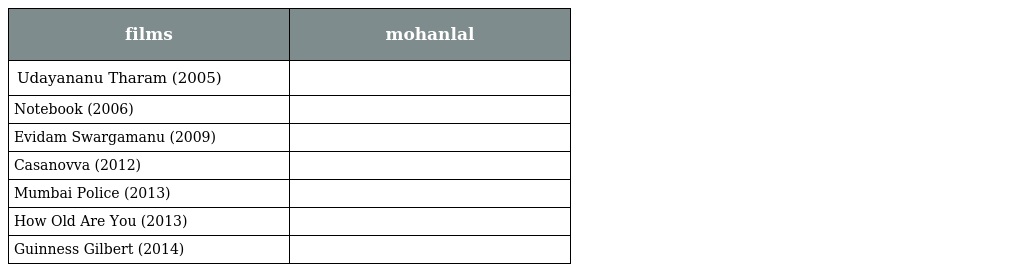
| films | mohanlal |
 | --- | --- |
 | Udayananu Tharam (2005) |  |
 | Notebook (2006) |  |
 | Evidam Swargamanu (2009) |  |
 | Casanovva (2012) |  |
 | Mumbai Police (2013) |  |
 | How Old Are You (2013) |  |
 | Guinness Gilbert (2014) |  |